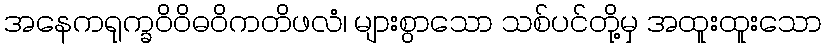
အနေကရုက္ခဝိဝိဓဝိကတိဖလံ၊ များစွာသော သစ်ပင်တို့မှ အထူးထူးသော